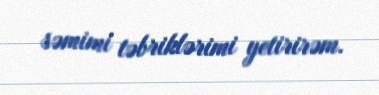
səmimi təbriklərimi yetirirəm.